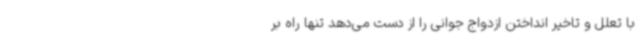
با تعلل و تاخیر انداختن ازدواج جوانی را از دست می‌دهد تنها راه بر